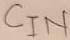
Text: CIN